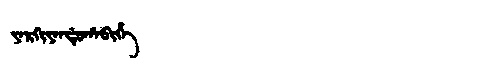
Manchu: ᠶᠠᡵᡴᡳᠶᠠᠨᡩᡠᡥᠠᠪᡳᡥᡝ
Romanization: YARKIYANDUHABIHE